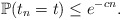
\begin{align*}\mathbb{P}(t_n=t)\leq e^{-cn}.\end{align*}